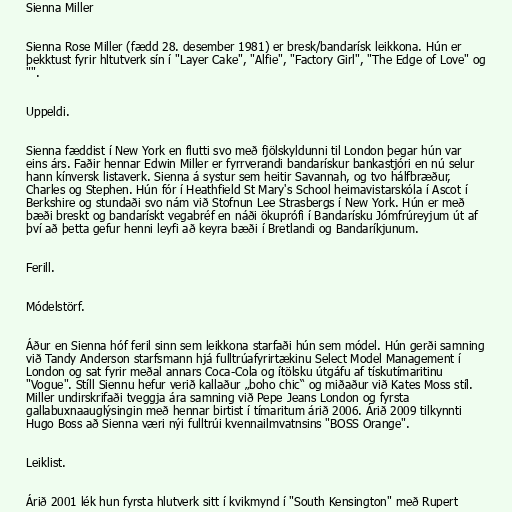
Sienna Miller

Sienna Rose Miller (fædd 28. desember 1981) er bresk/bandarísk leikkona. Hún er
þekktust fyrir hltutverk sín í "Layer Cake", "Alfie", "Factory Girl", "The Edge of Love" og
"".

Uppeldi.

Sienna fæddist í New York en flutti svo með fjölskyldunni til London þegar hún var
eins árs. Faðir hennar Edwin Miller er fyrrverandi bandarískur bankastjóri en nú selur
hann kínversk listaverk. Sienna á systur sem heitir Savannah, og tvo hálfbræður,
Charles og Stephen. Hún fór í Heathfield St Mary's School heimavistarskóla í Ascot í
Berkshire og stundaði svo nám við Stofnun Lee Strasbergs í New York. Hún er með
bæði breskt og bandarískt vegabréf en náði ökuprófi í Bandarísku Jómfrúreyjum út af
því að þetta gefur henni leyfi að keyra bæði í Bretlandi og Bandaríkjunum.

Ferill.

Módelstörf.

Áður en Sienna hóf feril sinn sem leikkona starfaði hún sem módel. Hún gerði samning
við Tandy Anderson starfsmann hjá fulltrúafyrirtækinu Select Model Management í
London og sat fyrir meðal annars Coca-Cola og ítölsku útgáfu af tískutímaritinu
"Vogue". Stíll Siennu hefur verið kallaður „boho chic“ og miðaður við Kates Moss stíl.
Miller undirskrifaði tveggja ára samning við Pepe Jeans London og fyrsta
gallabuxnaauglýsingin með hennar birtist í tímaritum árið 2006. Árið 2009 tilkynnti
Hugo Boss að Sienna væri nýi fulltrúi kvennailmvatnsins "BOSS Orange".

Leiklist.

Árið 2001 lék hun fyrsta hlutverk sitt í kvikmynd í "South Kensington" með Rupert